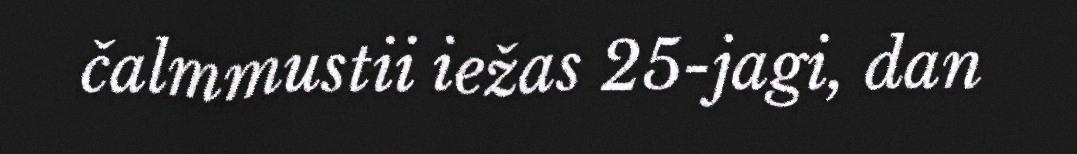
čalmmustii iežas 25-jagi, dan